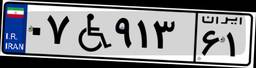
۱۷W۲۹۷۰۰